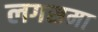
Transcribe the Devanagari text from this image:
लगसमा